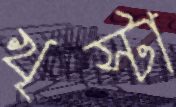
খৃস্টা